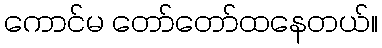
ကောင်မ တော်တော်ထနေတယ်။